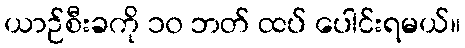
ယာဉ်စီးခကို ၁၀ ဘတ် ထပ် ပေါင်းရမယ်။